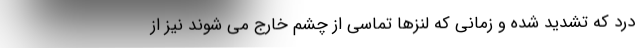
درد که تشدید شده و زمانی که لنزها تماسی از چشم خارج می شوند نیز از